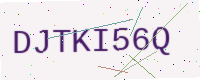
Text: DJTKI56Q